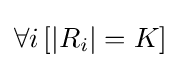
\forall i\,[|R_{i}|=K]